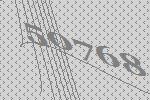
50768